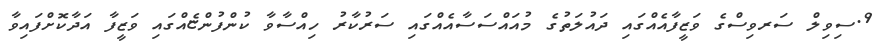
9.ސިވިލް ސަރވިސްގެ ވަޒީފާއެއްގައި ދައުލަތުގެ މުއައްސަސާއެއްގައި ސަރުކާރު ހިއްސާވާ ކުންފުންޏެއްގައި ވަޒީފާ އަދާކޮށްފައިވާ